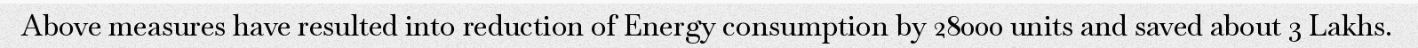
Above measures have resulted into reduction of Energy consumption by 28000 units and saved about 3 Lakhs.